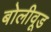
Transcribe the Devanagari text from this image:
बोलीवूड